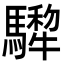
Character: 𩦄